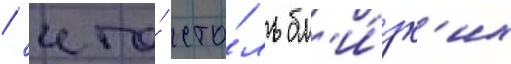
/ что́ сто́ль бл'и́зк'их